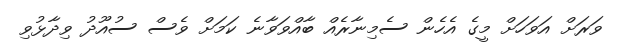
ވަރަށް އަވަހަށް މީގެ އެހެން ސެމިނާރެއް ބާއްވަވާނެ ކަމަށް ވެސް ސުއޫދު ވިދާޅުވި